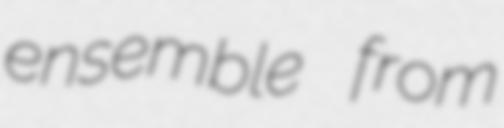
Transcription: ensemble from